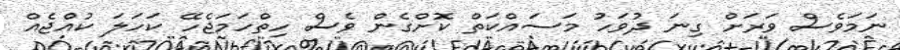
ނަމަވެސް ވަރަށް ގިނަ ދުވަހު މަސައްކަތް ކޮށްގެން ވެސް ހިތްހަމަޖެހޭ ކަހަލަ ކުއްޖެއް